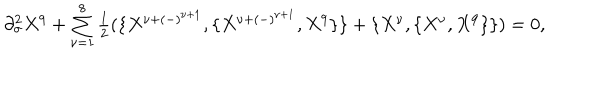
\begin{array} { l c r } { { \partial _ { \sigma } ^ { 2 } X ^ { 9 } + \sum _ { \nu = 1 } ^ { 8 } { \frac { 1 } { 2 } } ( \{ X ^ { \nu + ( - ) ^ { \nu + 1 } } , \{ X ^ { \nu + ( - ) ^ { \nu + 1 } } , X ^ { 9 } \} \} + \{ X ^ { \nu } , \{ X ^ { \nu } , X ^ { 9 } \} \} ) = 0 , } } \\ \end{array}